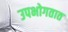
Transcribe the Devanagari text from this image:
उपभोगतात